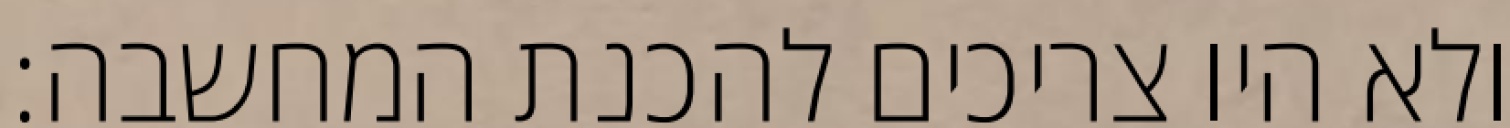
ולא היו צריכים להכנת המחשבה: